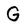
Character: G